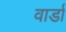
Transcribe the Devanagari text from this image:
वार्डा